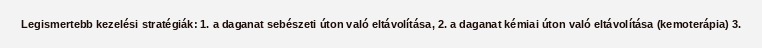
Legismertebb kezelési stratégiák: 1. a daganat sebészeti úton való eltávolítása, 2. a daganat kémiai úton való eltávolítása (kemoterápia) 3.